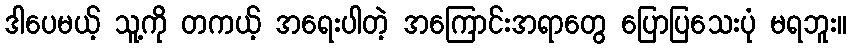
ဒါပေမယ့် သူ့ကို တကယ့် အရေးပါတဲ့ အကြောင်းအရာတွေ ပြောပြသေးပုံ မရဘူး။